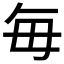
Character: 毎